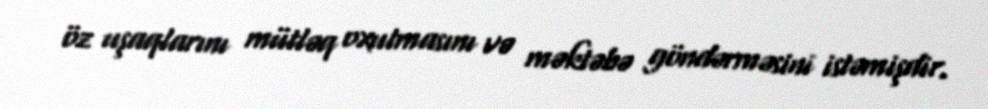
öz uşaqlarını mütləq oxutmasını və məktəbə göndərməsini istəmişdir.